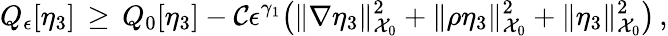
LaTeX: Q_{\epsilon}[\eta_{3}]\, \ge\, Q_{0}[\eta_{3}]-\mathcal{C}\epsilon^{\gamma_{1}}\bigl(\| \nabla\eta_{3}\| _{\mathcal{{X}}_{0}}^{2}+\| \rho\eta_{3}\| _{\mathcal{{X}}_{0}}^{2}+\| \eta_{3}\| _{\mathcal{{X}}_{0}}^{2}\bigr)\, ,